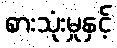
စားသုံးမှုနှင့်